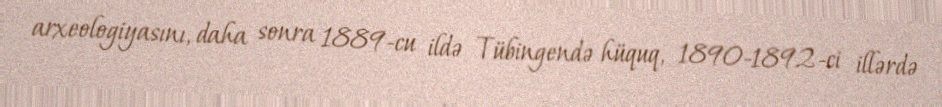
arxeologiyasını, daha sonra 1889-cu ildə Tübingendə hüquq, 1890-1892-ci illərdə